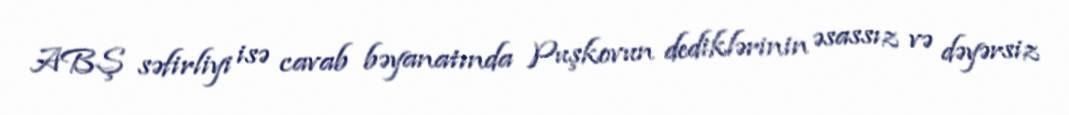
ABŞ səfirliyi isə cavab bəyanatında Puşkovun dediklərinin əsassız və dəyərsiz